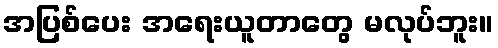
အပြစ်ပေး အရေးယူတာတွေ မလုပ်ဘူး။